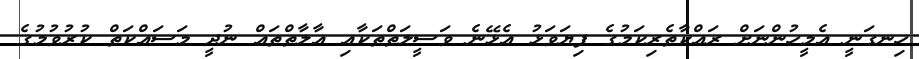
ހިނގަނީ އެމީހުންނަށް ރައްކާތެރިކަމުގެ ފިޔަވަޅު އެޅޭނެ ވަސީލަތްތަކާއި އާލާތްތައް ނުދީ މަސައްކަތް ކުރުވުމުގެ